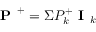
\textbf { P } ^ { + } = \Sigma P _ { k } ^ { + } \textbf { I } _ { k }